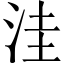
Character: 洼